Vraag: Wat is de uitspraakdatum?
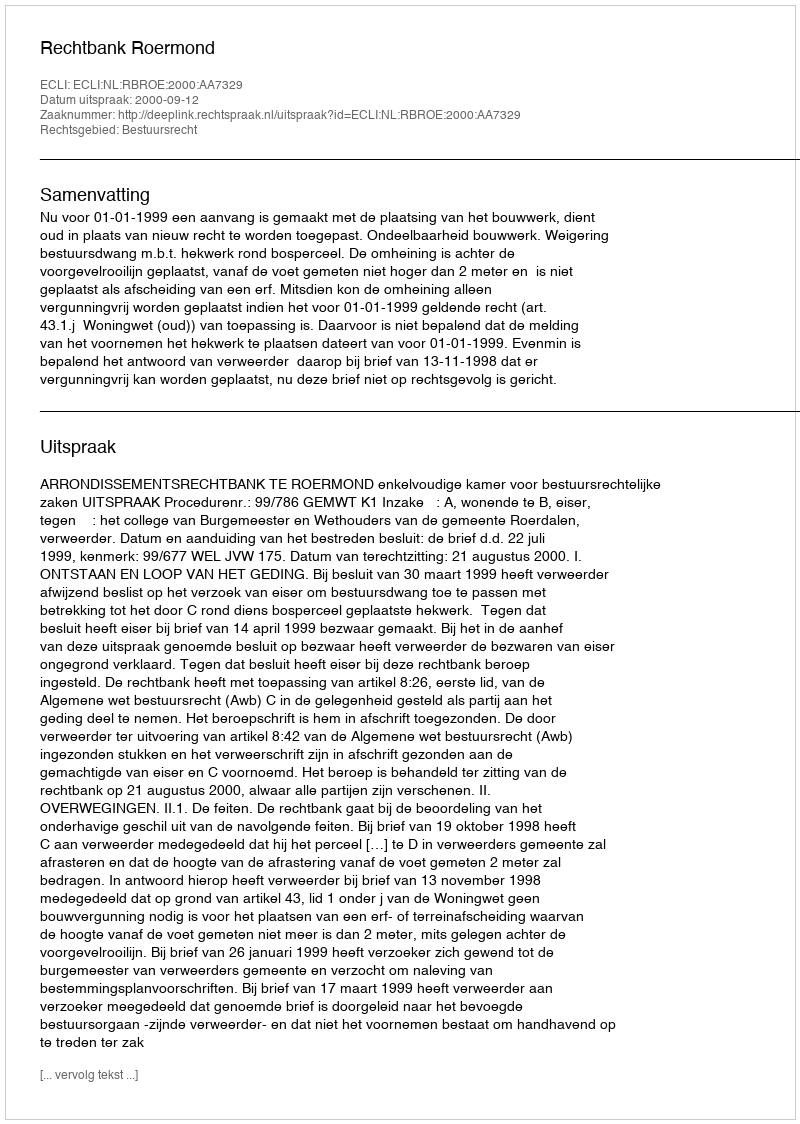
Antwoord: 2000-09-12